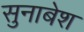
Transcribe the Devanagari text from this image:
सुनाबेश